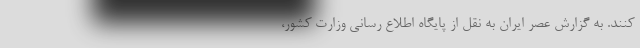
کنند. به گزارش عصر ایران به نقل از پایگاه اطلاع رسانی وزارت کشور،